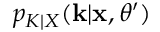
p _ { K | X } ( \mathbf k | \mathbf x , \theta ^ { \prime } )